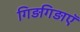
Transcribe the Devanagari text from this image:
गिड़गिड़ाएॅ